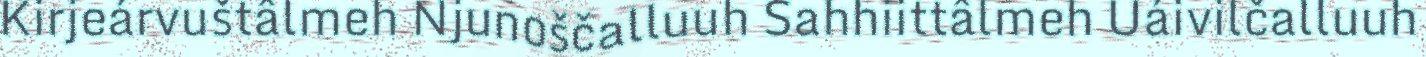
Kirjeárvuštâlmeh Njunoščalluuh Sahhiittâlmeh Uáivilčalluuh